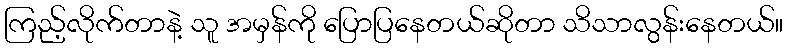
ကြည့်လိုက်တာနဲ့ သူ အမှန်ကို ပြောပြနေတယ်ဆိုတာ သိသာလွန်းနေတယ်။